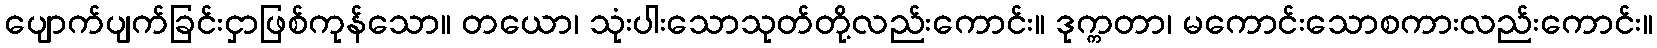
ပျောက်ပျက်ခြင်းငှာဖြစ်ကုန်သော။ တယော၊ သုံးပါးသောသုတ်တို့လည်းကောင်း။ ဒုက္ကတာ၊ မကောင်းသောစကားလည်းကောင်း။